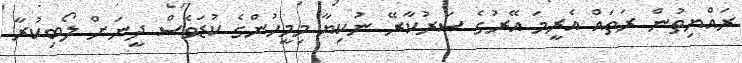
ރައްޔިތުން ރަތައް އެރީމަ އޭރުގެ ސަރުކާރޭ ނުކިޔާ މިމީހުންގެ ކުޑަވެސް ދީނަށް ލޯބިކުރާ